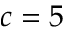
c = 5